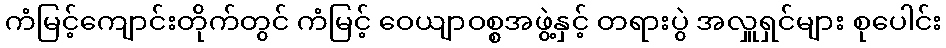
ကံမြင့်ကျောင်းတိုက်တွင် ကံမြင့် ဝေယျာဝစ္စအဖွဲ့နှင့် တရားပွဲ အလှူရှင်များ စုပေါင်း